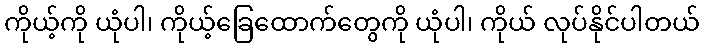
ကိုယ့်ကို ယုံပါ၊ ကိုယ့်ခြေထောက်တွေကို ယုံပါ၊ ကိုယ် လုပ်နိုင်ပါတယ်